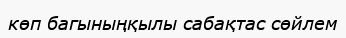
көп багыныңқылы сабақтас сөйлем